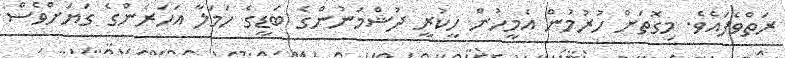
ރަތްވެފައެވެ. މިގޮތަށް ހުރުމުން އެމީހުން ހީކުރީ ދުޝްމަނުންގެ ބަޑީގެ ހަމަލާ އަހަރެންގެ ގަޔަށްވެސް